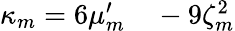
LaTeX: \begin{array}{rl}{\kappa_{m}=6\mu_{m}^{\prime}}&{{}-9\zeta_{m}^{2}}\end{array}